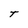
Character: t